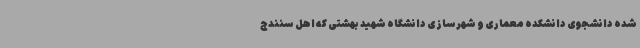
شده دانشجوی دانشکده معماری و شهرسازی دانشگاه شهید بهشتی که اهل سنندج